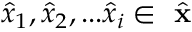
\hat { x } _ { 1 } , \hat { x } _ { 2 } , . . . \hat { x } _ { i } \in \hat { \textbf { x } }